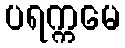
ပရက္ကမေ